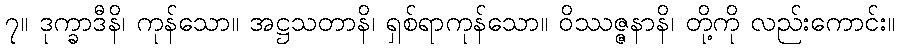
၇။ ဒုက္ခာဒီနိ၊ ကုန်သော။ အဋ္ဌသတာနိ၊ ရှစ်ရာကုန်သော။ ဝိဿဇ္ဇနာနိ၊ တို့ကို လည်းကောင်း။